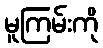
မူကြမ်းကို